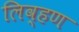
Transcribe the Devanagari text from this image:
लिव्हण